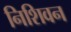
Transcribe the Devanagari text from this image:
निशिवन